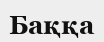
Баққа